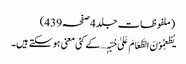
(ملفوظات جلد 4صفحہ439)
یُطْعِمُوْنَ الطَّعَامَ عَلیٰ حُبِّہٖ… کے کئی معنی ہو سکتے ہیں۔